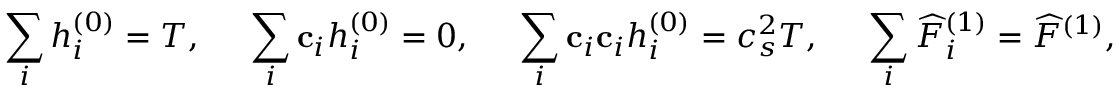
\sum _ { i } { h _ { i } ^ { \left( 0 \right) } } = T , \; \; \; \; \; \sum _ { i } { { { \bf { c } } _ { i } } h _ { i } ^ { \left( 0 \right) } } = 0 , \; \; \; \; \; \sum _ { i } { { { \bf { c } } _ { i } } { { \bf { c } } _ { i } } h _ { i } ^ { \left( 0 \right) } } = c _ { s } ^ { 2 } T , \; \; \; \; \; \sum _ { i } { \widehat F _ { i } ^ { \left( 1 \right) } } = { \widehat F ^ { \left( 1 \right) } } , \; \; \; \; \; \sum _ { i } { { { \bf { c } } _ { i } } \widehat F _ { i } ^ { \left( 1 \right) } } = 0 .